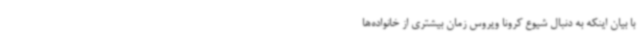
با بیان اینکه به دنبال شیوع کرونا ویروس زمان بیشتری از خانواده‌ها